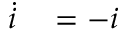
\begin{array} { r l } { \dot { i } } & { { } = - i } \end{array}